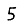
Digit: 5